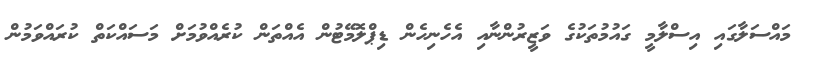
މައްސަލާގައި އިސްލާމީ ގައުމުތަކުގެ ވަޒީރުންނާއި އެހެނިހެން ޑިޕްލޮމޭޓުން އެއްތަން ކުރެއްވުމަށް މަސައްކަތް ކުރައްވަމުން